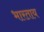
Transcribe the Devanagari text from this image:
भारताय